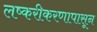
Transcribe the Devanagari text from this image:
लष्करीकरणापासून